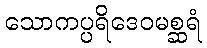
သောကပ္ပရိဒေဝမစ္ဆရံ